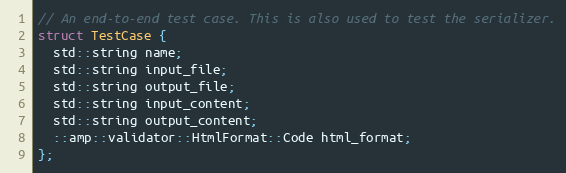
Language: C
// An end-to-end test case. This is also used to test the serializer.
struct TestCase {
  std::string name;
  std::string input_file;
  std::string output_file;
  std::string input_content;
  std::string output_content;
  ::amp::validator::HtmlFormat::Code html_format;
};